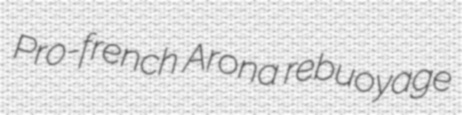
Pro-french Arona rebuoyage